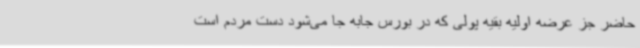
حاضر جز عرضه اولیه بقیه پولی که در بورس جابه جا می‌شود دست مردم است